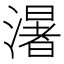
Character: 濐